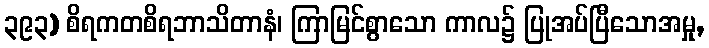
၃၉၃) စိရကတစိရဘာသိတာနံ၊ ကြာမြင်စွာသော ကာလ၌ ပြုအပ်ပြီသောအမှု,